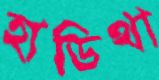
হাডিথা